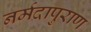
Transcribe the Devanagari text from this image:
नर्मदापुराण